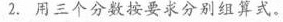
2.用三个分数按要求分别组算式。